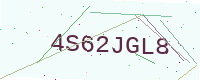
Text: 4S62JGL8